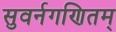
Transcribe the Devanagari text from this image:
सुवर्नगणितम्